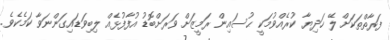
ފަރާތްތަކަށް ލޭ ހަދިޔާ ކުރެއްވުމަކީ ޙުސައިން ރަމީޒަށް ވަރަށްބޮޑު އުފާފުޅެއް ލިބިވަޑައިގަންނަވާ ކަމެކެވެ.